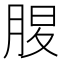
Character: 𦜄